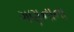
ગણનાના